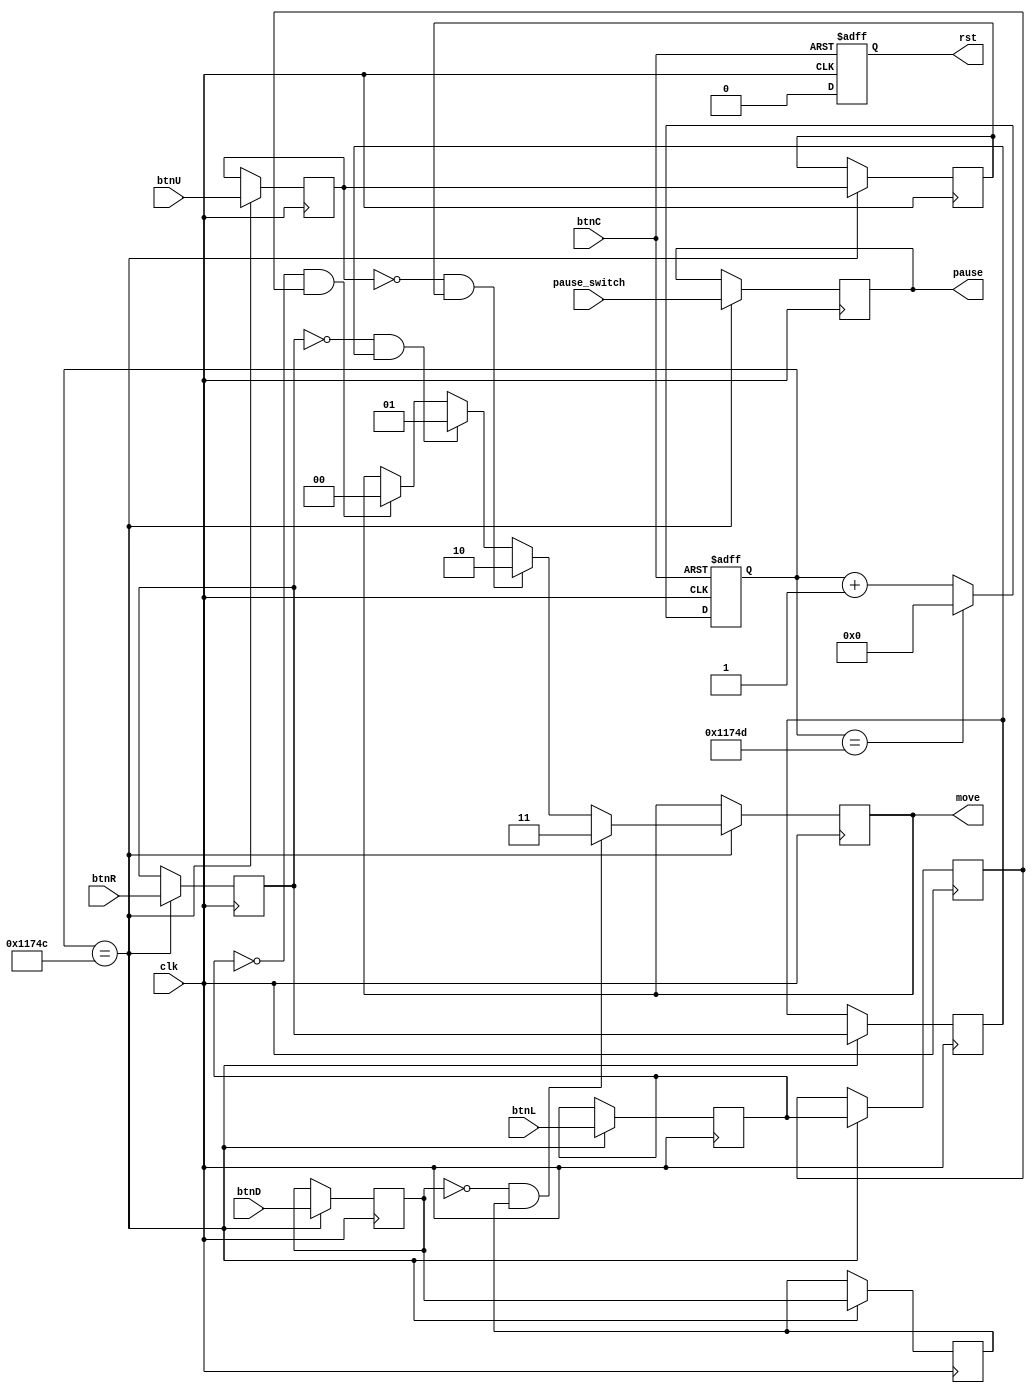
`timescale 1ns / 1ps
//////////////////////////////////////////////////////////////////////////////////
// Company: 
// Engineer: 
// 
// Design Name: 
// Module Name: buttons
// Project Name: 
// Target Devices: 
// Tool Versions: 
// Description: 
// 
// Dependencies: 
// 
// Revision:
// Revision 0.01 - File Created
// Additional Comments:
// 
//////////////////////////////////////////////////////////////////////////////////


module buttons(
    input clk,
    input btnL,
    input btnR,
    input btnU,
    input btnD,
    input btnC,
    input pause_switch,
    output [1:0] move,
    output pause,
    output rst
    );
    
    // Asynchronous Reset Button
    reg reset;
    wire arst;
    assign arst = btnC;
    // Asynchronous Reset
    always @(posedge clk or posedge arst) begin 
        if(arst)
            reset <= 1;
        else
            reset <= 0;
    end    
    
    reg [31:0] count_700Hz;
    always@(posedge clk or posedge arst) begin
        if (arst) begin
            count_700Hz <= 0;
        end
        else begin
            if (count_700Hz == 71_501) begin
                count_700Hz <= 0;                           
            end
            else
                count_700Hz <= count_700Hz + 1;
        end
    end
    
    wire left_button;
    wire right_button;
    wire up_button;
    wire down_button;
    reg pause_status;
    assign left_button = btnL;
    assign right_button = btnR;
    assign up_button = btnU;
    assign down_button = btnD;
    
    reg left_button_pressed_1;
    reg left_button_pressed_2;
    reg left_button_pressed_3;
    
    reg right_button_pressed_1;
    reg right_button_pressed_2;
    reg right_button_pressed_3;
    
    reg up_button_pressed_1;
    reg up_button_pressed_2;
    reg up_button_pressed_3;
    
    reg down_button_pressed_1;
    reg down_button_pressed_2;
    reg down_button_pressed_3;
    
    reg [1:0] move_result;
    always@(posedge clk) begin
        if (count_700Hz == 71_500) begin
            left_button_pressed_1 <= left_button;
            left_button_pressed_2 <= left_button_pressed_1;
            left_button_pressed_3 <= left_button_pressed_2;
            
            right_button_pressed_1 <= right_button;
            right_button_pressed_2 <= right_button_pressed_1;
            right_button_pressed_3 <= right_button_pressed_2;
            
            up_button_pressed_1 <= up_button;
            up_button_pressed_2 <= up_button_pressed_1;
            up_button_pressed_3 <= up_button_pressed_2;
            
            down_button_pressed_1 <= down_button;
            down_button_pressed_2 <= down_button_pressed_1;
            down_button_pressed_3 <= down_button_pressed_2;     
            
            if (!left_button_pressed_1 && left_button_pressed_2) begin
                move_result = 2'b00;
            end
            if (!right_button_pressed_1 && right_button_pressed_2) begin
                move_result = 2'b01;
            end
            if (!up_button_pressed_1 && up_button_pressed_2) begin
                move_result = 2'b10;
            end
            if (!down_button_pressed_1 && down_button_pressed_2) begin
                move_result = 2'b11;
            end
            
            // Separate Pause result
            pause_status <= pause_switch;     
        end
        
        
    end
    
    assign pause = pause_status;
    assign rst = reset;
    assign move = move_result;
endmodule